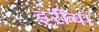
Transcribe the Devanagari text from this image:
इरींचा